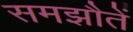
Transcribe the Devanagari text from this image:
समझौतें